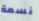
نسمة